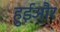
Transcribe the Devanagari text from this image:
हुईऔर